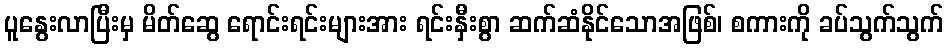
ပူနွေးလာပြီးမှ မိတ်ဆွေ ရောင်းရင်းများအား ရင်းနှီးစွာ ဆက်ဆံနိုင်သောအဖြစ်၊ စကားကို ခပ်သွက်သွက်